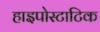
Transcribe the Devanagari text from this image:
हाइपोस्टाटिक